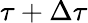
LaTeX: \tau+\Delta\tau